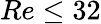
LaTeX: Re\le 32